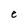
Character: e